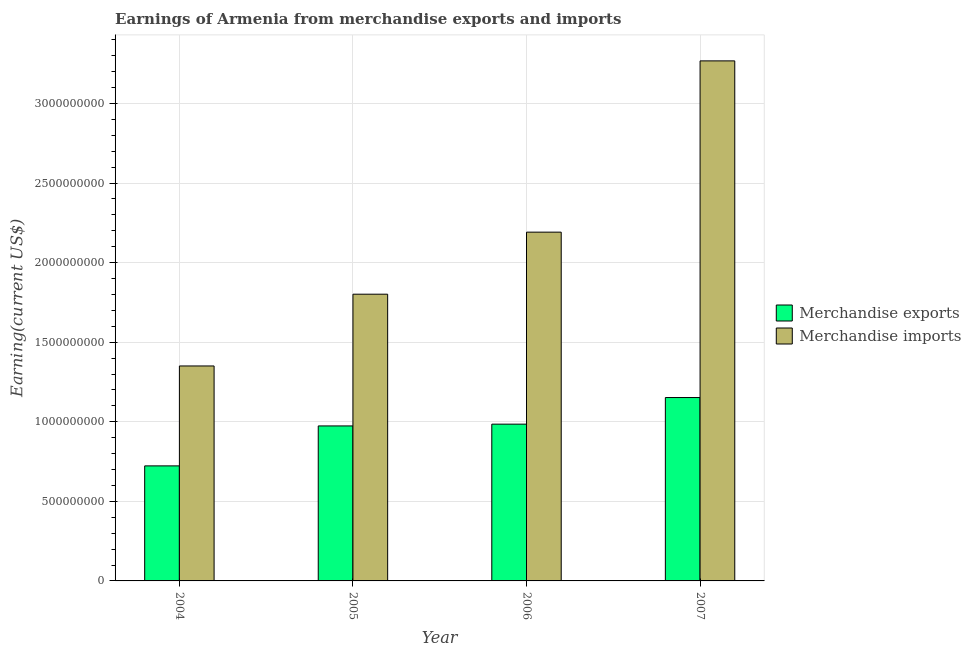
| Year | Merchandise exports | Merchandise imports |
 | --- | --- | --- |
 | 2004 | 7.23e+08 | 1.35e+09 |
 | 2005 | 9.74e+08 | 1.8e+09 |
 | 2006 | 9.85e+08 | 2.19e+09 |
 | 2007 | 1.15e+09 | 3.27e+09 |